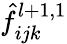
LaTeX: \hat{f}_{ijk}^{l+1,1}